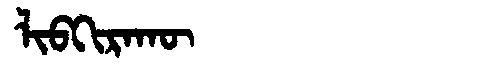
Manchu: ᠯᡳᠪᡴᡳᡵᠠᡴᡡ
Romanization: LIBKIRAKŪ